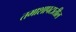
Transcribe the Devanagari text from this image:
तमाशापटातील